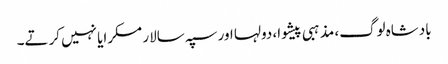
بادشاہ لوگ، مذہبی پیشوا، دولہا اور سپہ سالار مسکرایا نہیں کرتے۔